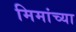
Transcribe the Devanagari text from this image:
मिमांच्या